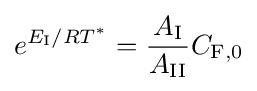
e^{E_{\mathrm {I} }/RT^{*}}={\frac {A_{\mathrm {I} }}{A_{\mathrm {II} }}}C_{\mathrm {F} ,0}